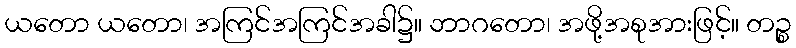
ယတော ယတော၊ အကြင်အကြင်အခါ၌။ ဘာဂတော၊ အဖို့အစုအားဖြင့်။ တဉ္စ